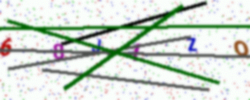
Text: 68JLZQ